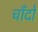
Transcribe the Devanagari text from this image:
चाँदों